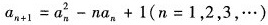
$$a _ { n + 1 } = a _ { n } ^ { 2 } - n a _ { n } + 1$$($$n = 1$$,2,3,… )